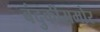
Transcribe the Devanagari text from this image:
बंदुकीसमोर